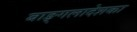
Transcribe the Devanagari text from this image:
बाङ्गलादेशका